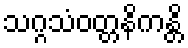
သဂ္ဂသံဝတ္တနိကန္တိ